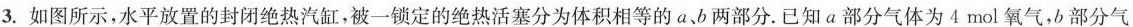
3. 如图所示，水平放置的封闭绝热汽缸，被一锁定的绝热活塞分为体积相等的a、b两部分. 已知a部分气体为4mol氧气，b部分气